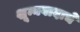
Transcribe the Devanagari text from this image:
शून्यवादाचे